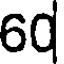
60